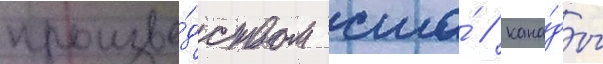
произво́дством сша́ / кана́ды